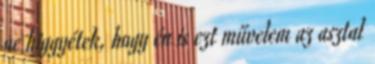
ne higgyétek, hogy én is ezt művelem az asztal